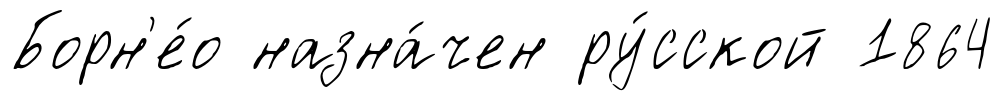
Борн'е́о назна́чен ру́сской 1864